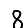
Digit: 8